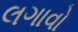
લગાવો